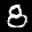
Label: 8